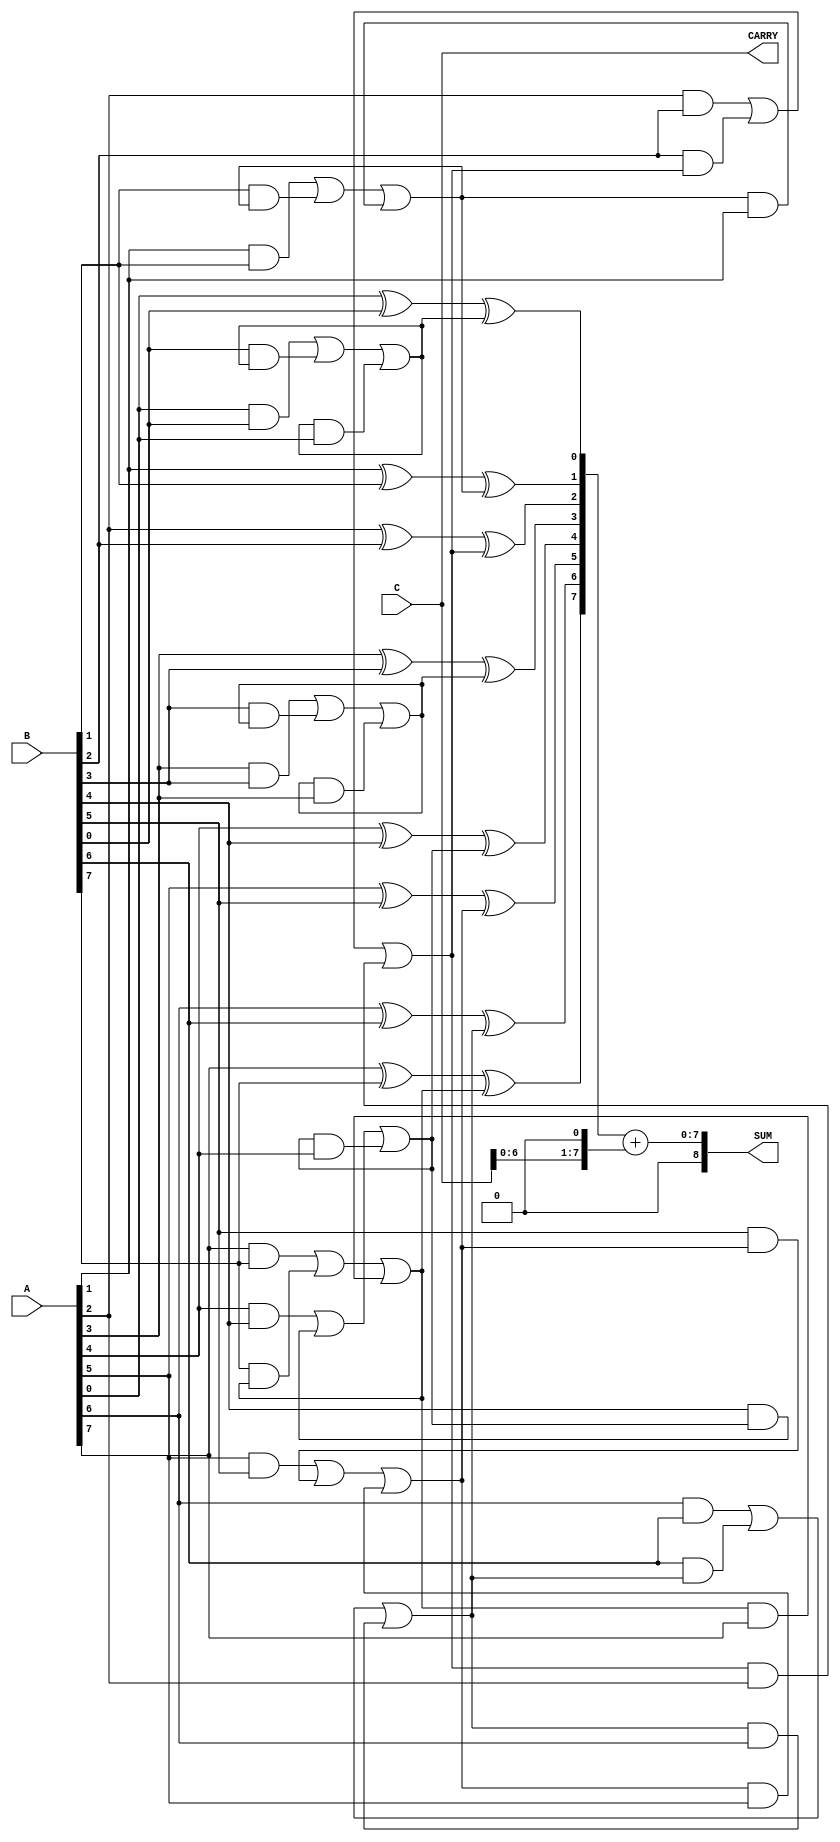
module carry_save_adder #(
    parameter N = 8  // Bit width of the input numbers
)(
    input  [N-1:0] A,  // First input operand
    input  [N-1:0] B,  // Second input operand
    input  [N-1:0] C,  // Third input operand
    output [N:0] SUM,   // Final sum output (N bits + carry)
    output [N-1:0] CARRY // Final carry output (N bits)
);

    // Intermediate wires for partial sums and carries
    wire [N-1:0] PS;    // Partial Sum
    wire [N-1:0] C;     // Carry

    // Generate partial sums and carries for each bit
    genvar i;
    generate
        for (i = 0; i < N; i = i + 1) begin: CSA_STAGE
            assign PS[i] = A[i] ^ B[i] ^ C[i]; // Partial Sum
            assign C[i] = (A[i] & B[i]) | (B[i] & C[i]) | (C[i] & A[i]); // Carry
        end
    endgenerate

    // Final addition stage to resolve carries
    wire [N-1:0] final_sum;
    wire [N-1:0] final_carry;

    // Use a simple ripple carry adder for the final stage
    assign final_sum = PS + {CARRY[N-2:0], 1'b0}; // Shift carry left
    assign final_carry = C; // Final carry output

    // Final output
    assign SUM = final_sum;
    assign CARRY = final_carry;

endmodule